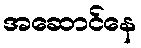
အဆောင်နေ